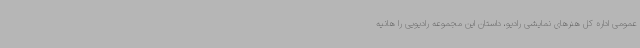
عمومی اداره کل هنرهای نمایشی رادیو، داستان این مجموعه رادیویی را هانیه